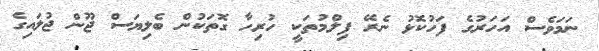
ނަމަވެސް އަހަރުގެ ފަހުކޮޅު ނެރޭ ފިލްމުތަކީ ހުރިހާ ގޮތަކުން ބެލިޔަސް ޖޫން ޖުލައިގެ